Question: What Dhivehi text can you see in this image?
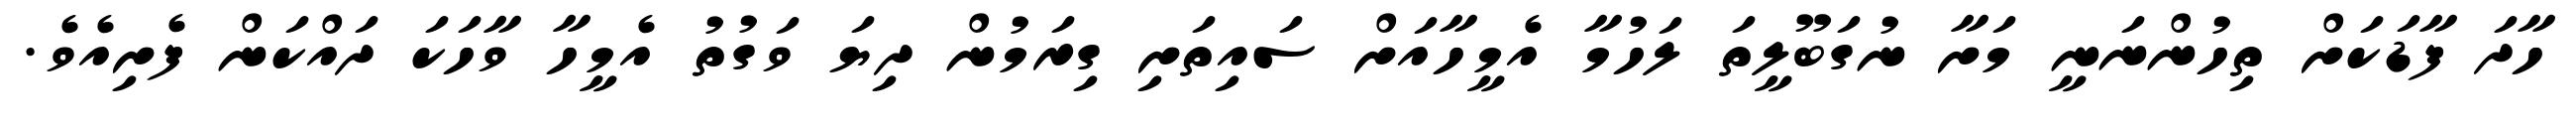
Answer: ހާދަ ފާޑަކަށް ތިހުންނަނީ މަށާ ނުގަބޫލީތަ ލަހުމާ އެމީހާއަށް ސައިތަށި ގިރަމުން ދިޔަ ވަގުތު އެމީހާ ވާހަކަ ދައްކަން ފެށިއެވެ.